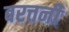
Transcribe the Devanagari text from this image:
बरत्तनी